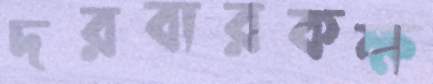
দরবারকক্ষ